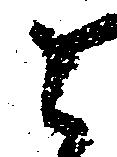
之